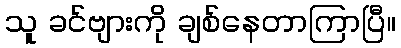
သူ ခင်ဗျားကို ချစ်နေတာကြာပြီ။